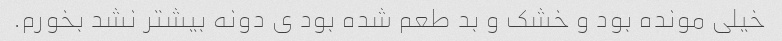
خیلی مونده بود و خشک و بد طعم شده بود ی دونه بیشتر نشد بخورم.